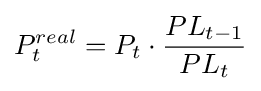
P_{t}^{real}=P_{t}\cdot {\frac {PL_{t-1}}{PL_{t}}}